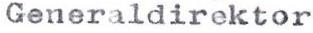
Generaldirektor